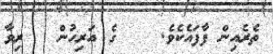
ތެރެއިން ފާފައެކެވެ.    ގެ އަރިހުން   ރިވާ